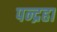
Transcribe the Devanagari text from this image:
पन्द्रहा